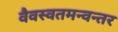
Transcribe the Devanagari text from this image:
वैवस्वतमन्वन्तर